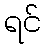
ရင်